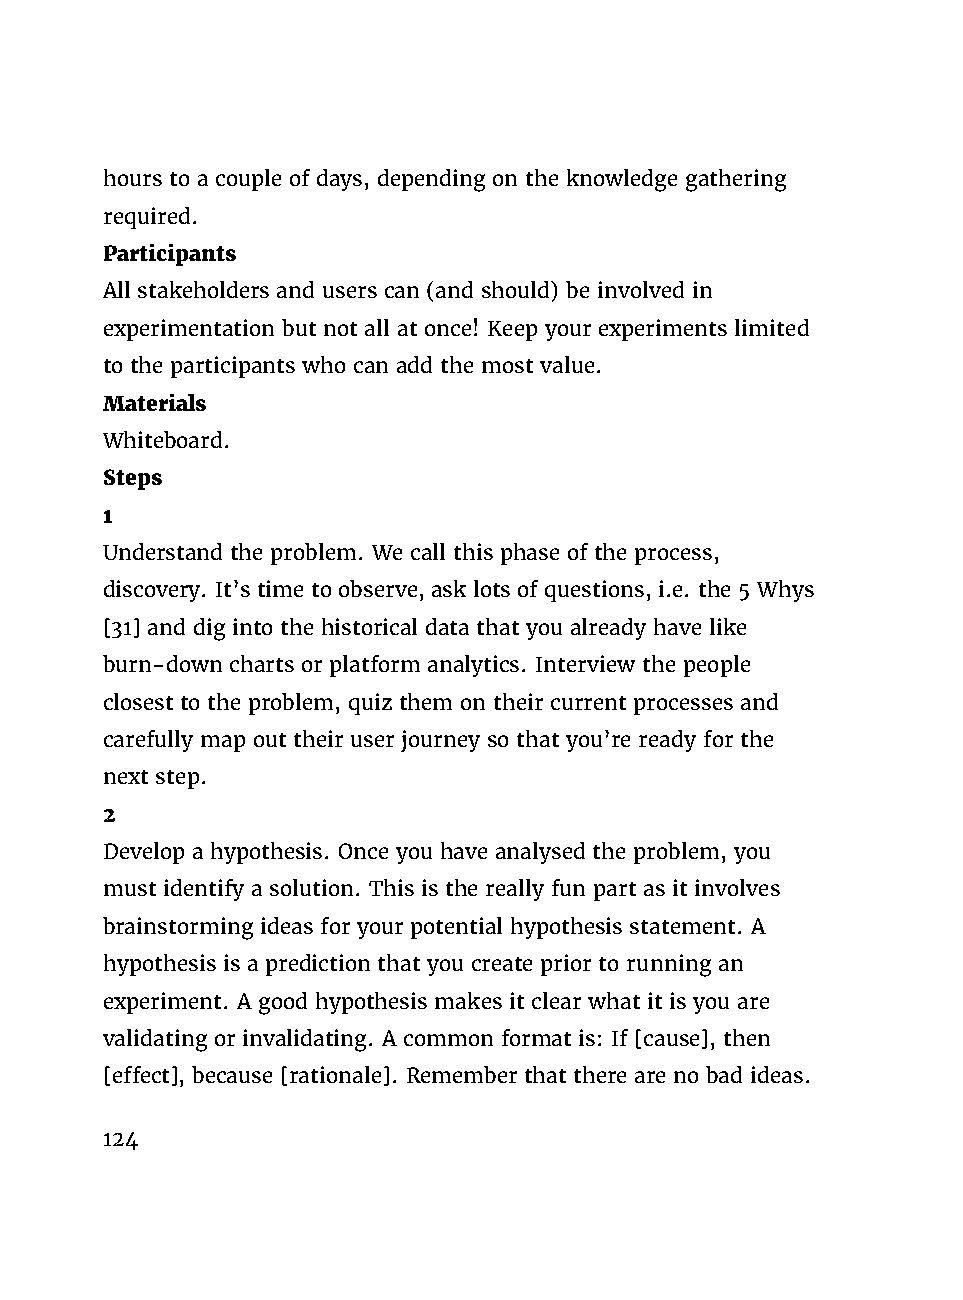
hours to a couple of days, depending on the knowledge gathering
 required.
 Participants
 All stakeholders and users can (and should) be involved in
 experimentation but not all at once! Keep your experiments limited
 to the participants who can add the most value.
 Materials
 Whiteboard.
 Steps
 1
 Understand the problem. We call this phase of the process,
 discovery. It’s time to observe, ask lots of questions, i.e. the 5 Whys
 [31] and dig into the historical data that you already have like
 burn-down charts or platform analytics. Interview the people
 closest to the problem, quiz them on their current processes and
 carefully map out their user journey so that you’re ready for the
 next step.
 2
 Develop a hypothesis. Once you have analysed the problem, you
 must identify a solution. This is the really fun part as it involves
 brainstorming ideas for your potential hypothesis statement. A
 hypothesis is a prediction that you create prior to running an
 experiment. A good hypothesis makes it clear what it is you are
 validating or invalidating. A common format is: If [cause], then
 [effect], because [rationale]. Remember that there are no bad ideas.
 124